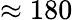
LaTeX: \approx 180